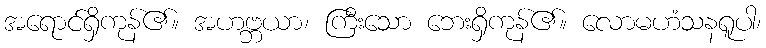
အရောင်ရှိကုန်၏။ အဟဗ္ဘယာ၊ ကြီးသော ဘေးရှိကုန်၏။ လောမဟံသနရူပါ၊